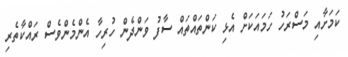
ކަމަށާއި މަސްރަހު ހަމައަކަށް އެޅި ކަންތައްތައް ސާފު ވަންދެން ހުރިހާ އެންމެންވެސް ރައްކާތެރި